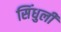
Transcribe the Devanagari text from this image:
सिंधुली